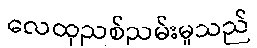
လေထုညစ်ညမ်းမှုသည်